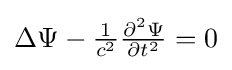
\Delta \Psi -{\tfrac {1}{c^{2}}}{\tfrac {\partial ^{2}\Psi }{\partial t^{2}}}=0